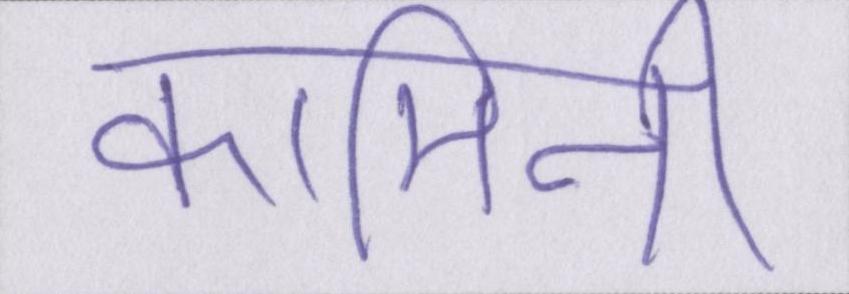
कामिनी